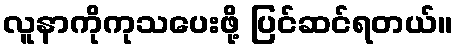
လူနာကိုကုသပေးဖို့ ပြင်ဆင်ရတယ်။